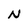
Character: N